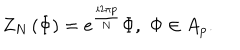
LaTeX: Z _ { N } \left( \Phi \right) = e ^ { \frac { i 2 \pi p } { N } } \Phi , \, \, \Phi \in A _ { p } .